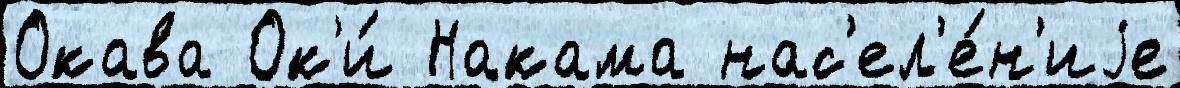
Окава Ок'и́ Накама нас'ел'е́н'иjе